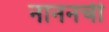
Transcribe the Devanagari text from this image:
नाननची